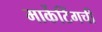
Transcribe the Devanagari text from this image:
मार्केटिंगची